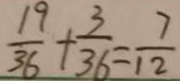
\frac { 1 9 } { 3 6 } + \frac { 3 } { 3 6 } = \frac { 7 } { 1 2 }